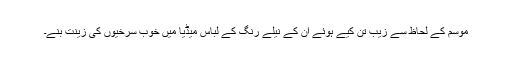
موسم کے لحاظ سے زیب تن کیے ہوئے اْن کے نیلے رنگ کے لباس میڈیا میں خوب سرخیوں کی زینت بنے۔